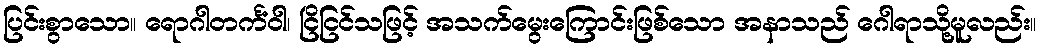
ပြင်းစွာသော။ ရောဂါတင်္ကံဝါ၊ ငြိငြင်သဖြင့် အသက်မွေးကြောင်းဖြစ်သော အနာသည် ဂေါရာသို့မူလည်း။